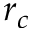
r _ { c }